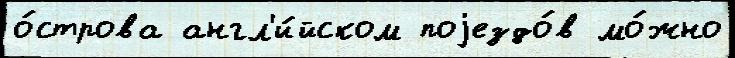
о́строва англ'и́йском поjездо́в мо́жно